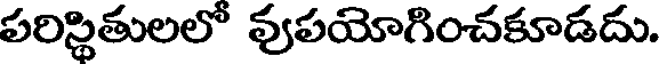
పరిస్థితులలో వుపయోగించకూడదు.